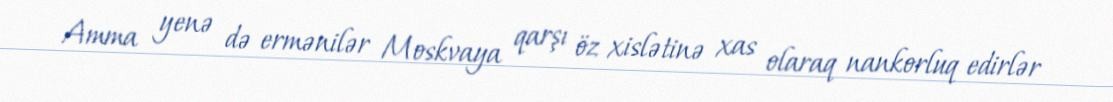
Amma yenə də ermənilər Moskvaya qarşı öz xislətinə xas olaraq nankorluq edirlər